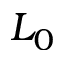
L _ { 0 }